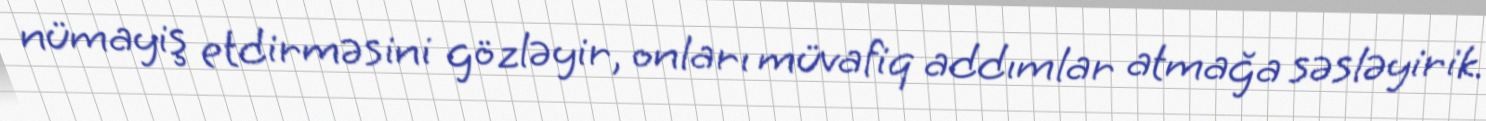
nümayiş etdirməsini gözləyir, onları müvafiq addımlar atmağa səsləyirik.